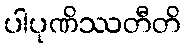
ပါပုဏိဿတီတိ